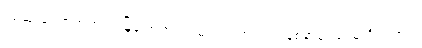
ကျဆုံးခဲ့ရတဲ့အတွက် မြို့နဲ့ အထက်ဗမာပြည်အတွက် နစ်နာခဲ့ရပေမဲ့ ဦးရာဇတ်